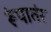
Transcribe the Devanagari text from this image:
रूंपातंर